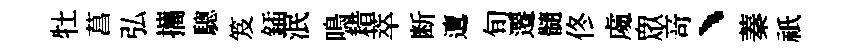
牡菖弘攜驄笈鍤泯鳴耤萃断邅旬遷髓佟䖏衆竒、蓁祇